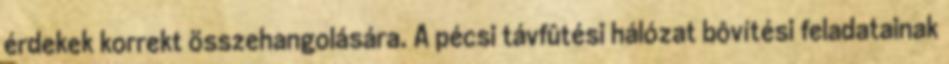
érdekek korrekt összehangolására. A pécsi távfûtési hálózat bôvítési feladatainak